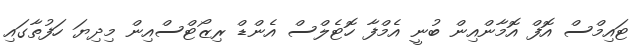
ޓައިމްސް އޮފް އޮމާންއިން ބުނީ އެމްފާ ހޮޓެލްސް އެންޑް ރިޒޯޓްސްއިން މިދިޔަ ހަފުތާގައި